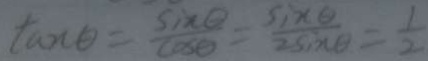
\tan \theta = \frac { \sin \theta } { \cos \theta } = \frac { \sin \theta } { 2 \sin \theta } = \frac { 1 } { 2 }